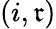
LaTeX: (i,\mathfrak{r})